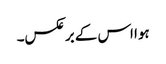
ہوا اس کے برعکس۔